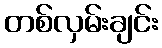
တစ်လှမ်းချင်း